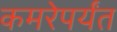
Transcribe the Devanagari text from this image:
कमरेपर्यंत